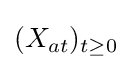
(X_{at})_{t\geq 0}